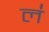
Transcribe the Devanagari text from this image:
ल॑